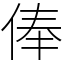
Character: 俸